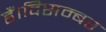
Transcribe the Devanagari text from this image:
हैं।दिसम्बर